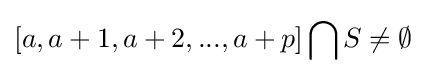
[a,a+1,a+2,...,a+p]\bigcap S\neq \emptyset